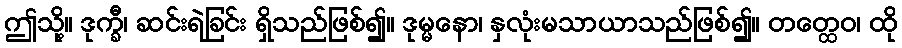
ဤသို့။ ဒုက္ခီ၊ ဆင်းရဲခြင်း ရှိသည်ဖြစ်၍။ ဒုမ္မနော၊ နှလုံးမသာယာသည်ဖြစ်၍။ တတ္ထေဝ၊ ထို